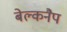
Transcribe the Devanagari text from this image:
बेल्कनैप